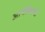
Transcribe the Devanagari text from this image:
आर्चबिशपी